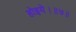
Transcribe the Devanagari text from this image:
होइये।॥७॥